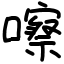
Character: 嚓